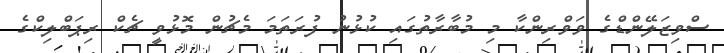
ސްވިޒަލޭންޑްގެ ވަވްރިންކާ މި މުބާރާތުގައި ކުޅުނު ފުރަތަމަ މެޗުން މޮޅުވީ ޗެކް ރިޕަބްލިކްގެ